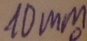
Text: 10mm